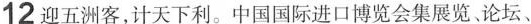
12迎五洲客，计天下利。中国国际进口博览会集展览论坛、